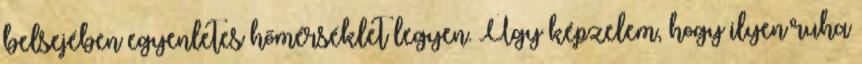
belsejében egyenletes hőmérséklet legyen. Úgy képzelem, hogy ilyen ruha